Kaarli_hariduselts_Sade, lk 7
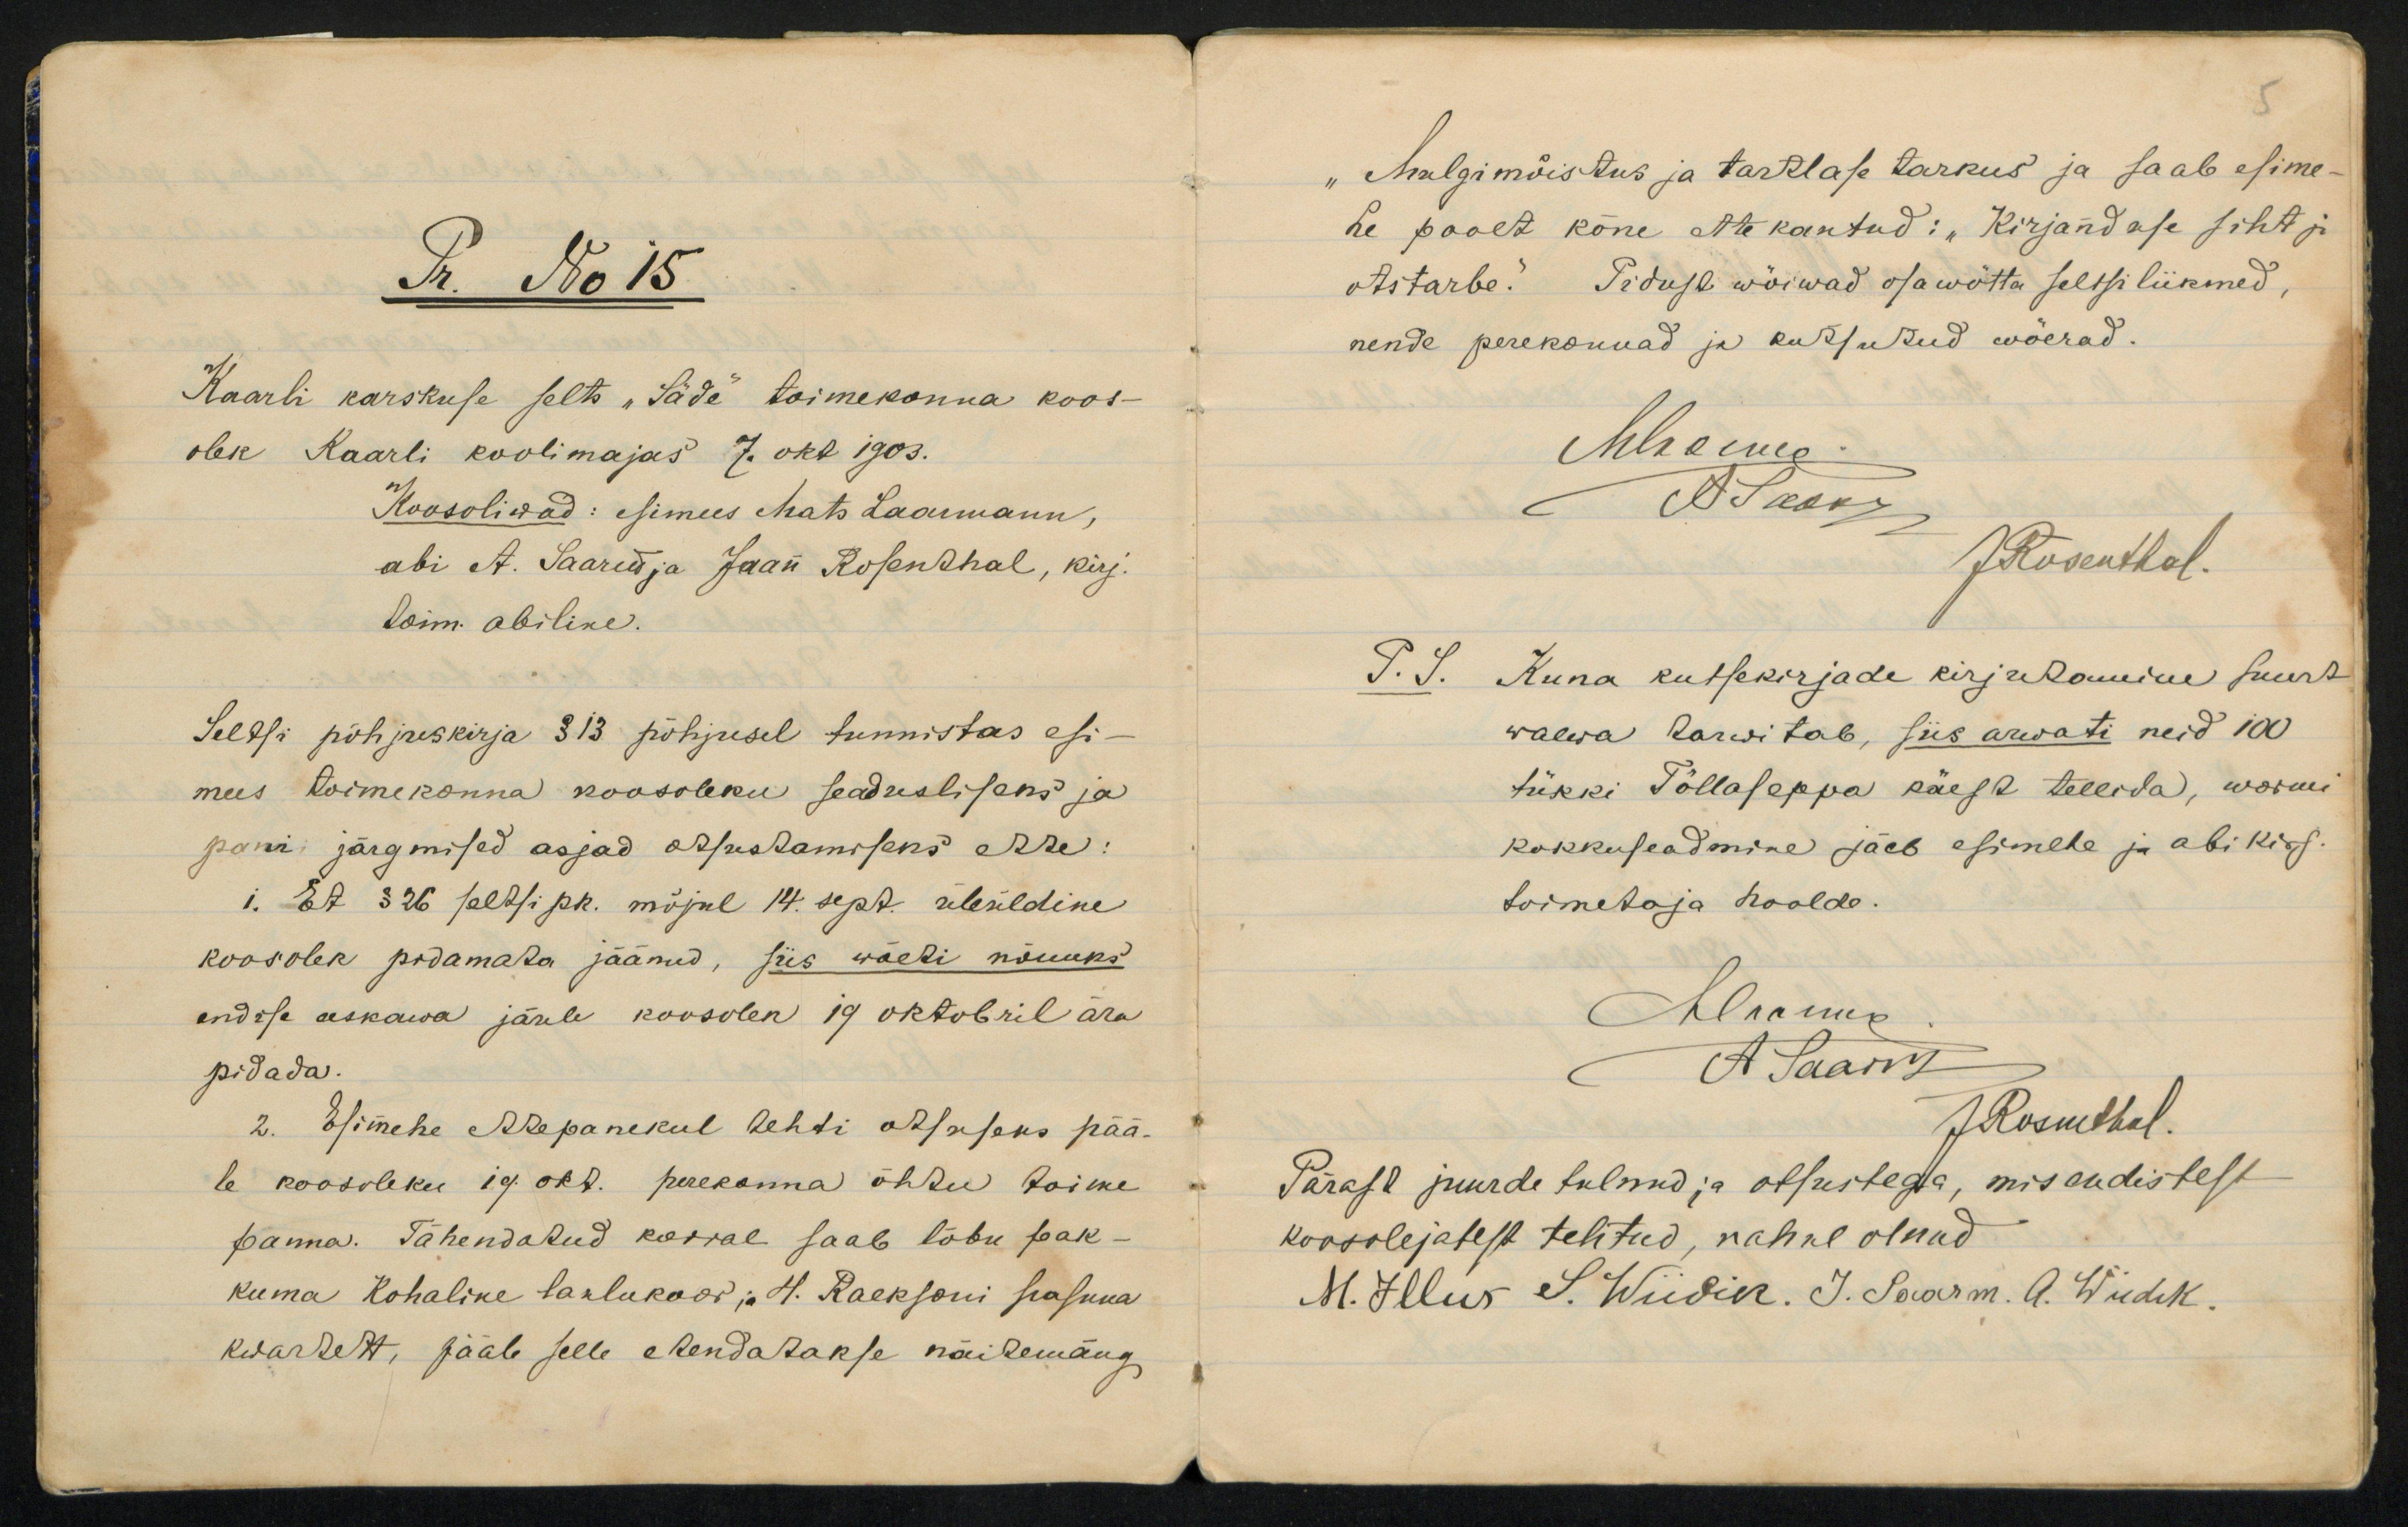
R. No 15Raarli karskuse selts "Sädi toimekonna koos-olek Kaarli koolimajas 7. oks 1903.Seltsi põhjreskirja 313 põhjusel tunnistas esi-mees toimekonna koosoleku seaduslisens japani järgmised asjad õsustamisens Are:i. Et 326 seltsipk. mõjul 14. sept üleüldinekoosolek podamata jäänud, siis wäeti nõuuksendise aeskawa järele koosolen 19 oktobril ärapidada.2. Esimehe Rrepanekul tehti otsuseks pää-le koosoleku 19 okt. perekonna õhtu toimepanna. Tähendatud korral saab lõbu pak-kuma Kohaline laalukood ; "H. Raeksoni pasnnakwarrett, pääb selle eRendarakse näiremäng

"Malgimõistus ja tartlase tarkus ja saab esime-he poolt kõne ette kantud: "Kirjandase fiht jaotstarbe.! Piduse wõiwad osawõtta seltsiliikmed,nende perekonnad ja kurjutud wõerad.Kuna kutsekirjade kirjukomine suurtwaewa rarwitab, siis arwati neid idtükki Põllaseppa kaest teleida, woimikokkuseadmine jäeb esimele ja abi kirj-toimetaja hoolde.Pärast juurde tulnud ja olsuitega, misendistestkoosolejatest telitud, nahne olnud